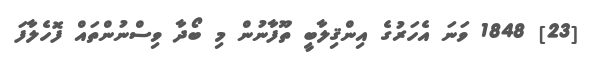
[23] 1848 ވަނަ އެހަރުގެ އިންޤިލާބީ ތޫފާނުން މި ބޯދާ ވިސްނުންތައް ފޮހެލާފަ